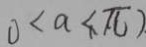
0 < a < ( \pi ) .